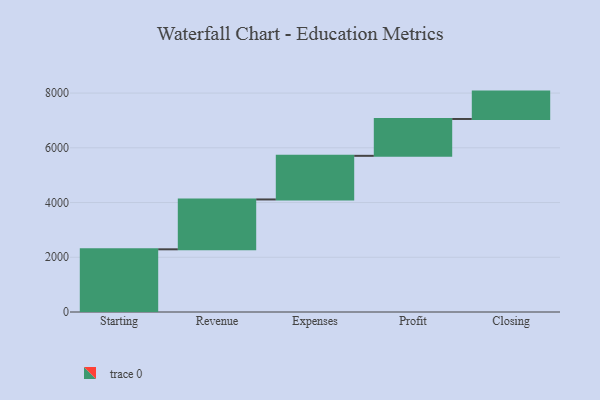
{"axis": {"x": "Step", "y": "Value"}, "legend": [""], "data": [{"x": "Starting", "y": 2291.0, "type": ""}, {"x": "Revenue", "y": 1822.0, "type": ""}, {"x": "Expenses", "y": 1594.0, "type": ""}, {"x": "Profit", "y": 1347.0, "type": ""}, {"x": "Closing", "y": 1000, "type": ""}]}